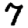
Digit: 7